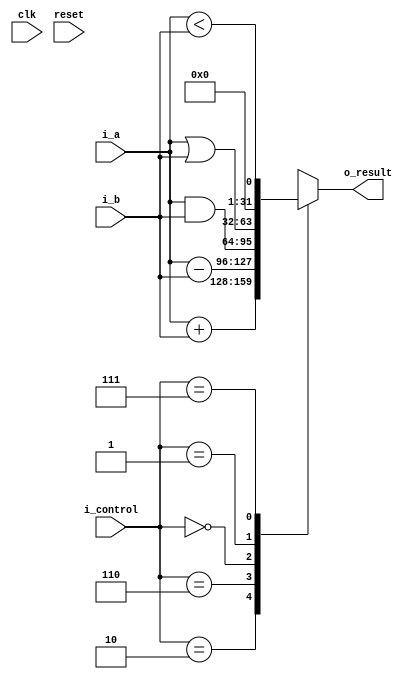
module alu#(
  parameter DATA_WIDTH_P = 32,
  parameter ADDR_WIDTH_P = 5,
  parameter CNTRL_WIDTH_P = 3
)(
  input wire clk,
  input wire reset,
  input wire [CNTRL_WIDTH_P-1:0] i_control,
  input wire [DATA_WIDTH_P-1:0] i_a,
  input wire [DATA_WIDTH_P-1:0] i_b,
  output wire [DATA_WIDTH_P-1:0] o_result
);
  
  localparam[2:0] OP_ADD    = 3'b010;
  localparam[2:0] OP_SUB    = 3'b110;
  localparam[2:0] OP_AND    = 3'b000;
  localparam[2:0] OP_OR     = 3'b001;
  localparam[2:0] OP_SLT    = 3'b111;

  reg [DATA_WIDTH_P-1:0] result;

  // operation decoder
  always @(i_control,i_a,i_b) begin
    case(i_control)
      OP_ADD  : result = i_a + i_b; // add
      OP_SUB  : result = i_a - i_b; // sub
      OP_AND  : result = i_a & i_b; // AND
      OP_OR   : result = i_a | i_b; // OR
      OP_SLT  : result = i_a < i_b; // SLT
      default : result = {DATA_WIDTH_P{1'bx}};
    endcase
  end

  assign o_result = result;

endmodule